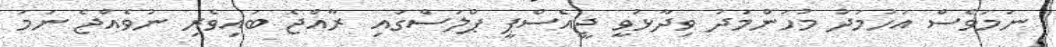
ނަމަވެސް އަހުމަދު މުހަންމަދު ވިދާޅުވީ ޖީއެސްޕީ ޕްލަސްގައި ރާއްޖެ ބައިވެރި ނުވެއްޖެ ނަމަ